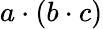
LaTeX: a\cdot(b\cdot c)